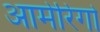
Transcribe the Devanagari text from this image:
आमेरिगो